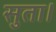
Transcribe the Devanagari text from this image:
सुता।